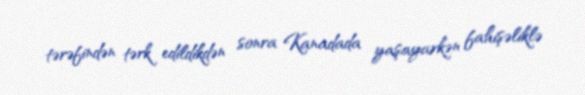
tərəfindən tərk edildikdən sonra Kanadada yaşayarkən fahişəliklə